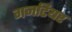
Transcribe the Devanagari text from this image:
गजटियर